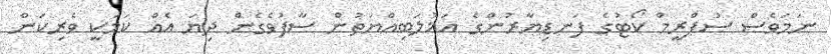
ނަމަވެސް ސުޕްރީމް ކޯޓުގެ ފަނޑިޔާރުންގެ އަޣުލަބިއްޔަތުން ސާފުވެގެން ދިޔަ އެއް ކަމަކީ ވެރިކަން